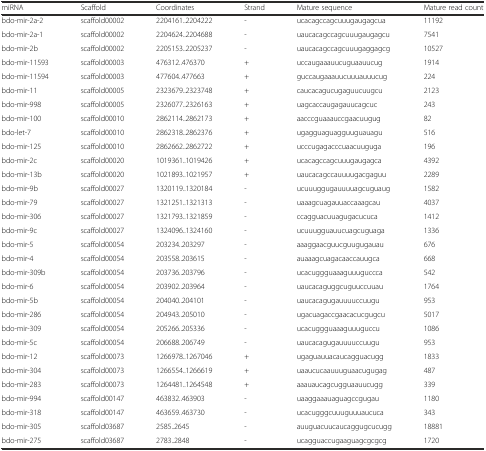
<table><thead><tr><td><b>miRNA</b></td><td><b>Scaffold</b></td><td><b>Coordinates</b></td><td><b>Strand</b></td><td><b>Mature sequence</b></td><td><b>Mature read count</b></td></tr></thead><tbody><tr><td>bdo-mir-2a-2</td><td>scaffold00002</td><td>2204161..2204222</td><td>-</td><td>ucacagccagcuuugaugagcua</td><td>11192</td></tr><tr><td>bdo-mir-2a-1</td><td>scaffold00002</td><td>2204624..2204688</td><td>-</td><td>uaucacagccagcuuugaugagcu</td><td>7541</td></tr><tr><td>bdo-mir-2b</td><td>scaffold00002</td><td>2205153..2205237</td><td>-</td><td>uaucacagccagcuuugaggagcg</td><td>10527</td></tr><tr><td>bdo-mir-11593</td><td>scaffold00003</td><td>476312..476370</td><td>+</td><td>uccaugaaauucuguaauucug</td><td>1914</td></tr><tr><td>bdo-mir-11594</td><td>scaffold00003</td><td>477604..477663</td><td>+</td><td>guccaugaaauucuuuauuucug</td><td>224</td></tr><tr><td>bdo-mir-11</td><td>scaffold00005</td><td>2323679..2323748</td><td>+</td><td>caucacagucugaguucuugcu</td><td>2123</td></tr><tr><td>bdo-mir-998</td><td>scaffold00005</td><td>2326077..2326163</td><td>+</td><td>uagcaccaugagauucagcuc</td><td>243</td></tr><tr><td>bdo-mir-100</td><td>scaffold00010</td><td>2862114..2862173</td><td>+</td><td>aacccguaaauccgaacuugug</td><td>82</td></tr><tr><td>bdo-let-7</td><td>scaffold00010</td><td>2862318..2862376</td><td>+</td><td>ugagguaguagguuguauagu</td><td>516</td></tr><tr><td>bdo-mir-125</td><td>scaffold00010</td><td>2862662..2862722</td><td>+</td><td>ucccugagacccuaacuuguga</td><td>196</td></tr><tr><td>bdo-mir-2c</td><td>scaffold00020</td><td>1019361..1019426</td><td>+</td><td>ucacagccagcuuugaugagca</td><td>4392</td></tr><tr><td>bdo-mir-13b</td><td>scaffold00020</td><td>1021893..1021957</td><td>+</td><td>uaucacagccauuuugacgaguu</td><td>2289</td></tr><tr><td>bdo-mir-9b</td><td>scaffold00027</td><td>1320119..1320184</td><td>-</td><td>ucuuuggugauuuuagcuguaug</td><td>1582</td></tr><tr><td>bdo-mir-79</td><td>scaffold00027</td><td>1321251..1321313</td><td>-</td><td>uaaagcuagauuaccaaagcau</td><td>4037</td></tr><tr><td>bdo-mir-306</td><td>scaffold00027</td><td>1321793..1321859</td><td>-</td><td>ccagguacuuagugacucuca</td><td>1412</td></tr><tr><td>bdo-mir-9c</td><td>scaffold00027</td><td>1324096..1324160</td><td>-</td><td>ucuuugguauucuagcuguaga</td><td>1336</td></tr><tr><td>bdo-mir-5</td><td>scaffold00054</td><td>203234..203297</td><td>-</td><td>aaaggaacguucguugugauau</td><td>676</td></tr><tr><td>bdo-mir-4</td><td>scaffold00054</td><td>203558..203615</td><td>-</td><td>auaaagcuagacaaccauugca</td><td>668</td></tr><tr><td>bdo-mir-309b</td><td>scaffold00054</td><td>203736..203796</td><td>-</td><td>ucacuggguaaaguuuguccca</td><td>542</td></tr><tr><td>bdo-mir-6</td><td>scaffold00054</td><td>203902..203964</td><td>-</td><td>uaucacaguggcuguuccuuau</td><td>1764</td></tr><tr><td>bdo-mir-5b</td><td>scaffold00054</td><td>204040..204101</td><td>-</td><td>uaucacagugauuuuccuugu</td><td>953</td></tr><tr><td>bdo-mir-286</td><td>scaffold00054</td><td>204943..205010</td><td>-</td><td>ugacuagaccgaacacucgugcu</td><td>5017</td></tr><tr><td>bdo-mir-309</td><td>scaffold00054</td><td>205266..205336</td><td>-</td><td>ucacuggguaaaguuuguccu</td><td>1086</td></tr><tr><td>bdo-mir-5c</td><td>scaffold00054</td><td>206688..206749</td><td>-</td><td>uaucacagugauuuuccuugu</td><td>953</td></tr><tr><td>bdo-mir-12</td><td>scaffold00073</td><td>1266978..1267046</td><td>+</td><td>ugaguauuacaucagguacugg</td><td>1833</td></tr><tr><td>bdo-mir-304</td><td>scaffold00073</td><td>1266554..1266619</td><td>+</td><td>uaaucucaauuuguaacugugag</td><td>487</td></tr><tr><td>bdo-mir-283</td><td>scaffold00073</td><td>1264481..1264548</td><td>+</td><td>aaauaucagcugguaauucugg</td><td>339</td></tr><tr><td>bdo-mir-994</td><td>scaffold00147</td><td>463832..463903</td><td>-</td><td>uaaggaaauaguagccgugau</td><td>1180</td></tr><tr><td>bdo-mir-318</td><td>scaffold00147</td><td>463659..463730</td><td>-</td><td>ucacugggcuuuguuuaucuca</td><td>343</td></tr><tr><td>bdo-mir-305</td><td>scaffold03687</td><td>2585..2645</td><td>-</td><td>auuguacuucaucaggugcucugg</td><td>18881</td></tr><tr><td>bdo-mir-275</td><td>scaffold03687</td><td>2783..2848</td><td>-</td><td>ucagguaccugaaguagcgcgcg</td><td>1720</td></tr></tbody></table>